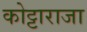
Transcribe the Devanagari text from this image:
कोट्टाराजा